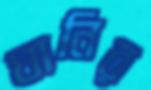
ঘানির